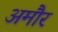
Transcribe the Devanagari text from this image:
अमौर